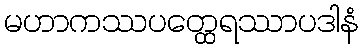
မဟာကဿပတ္ထေရဿာပဒါနံ